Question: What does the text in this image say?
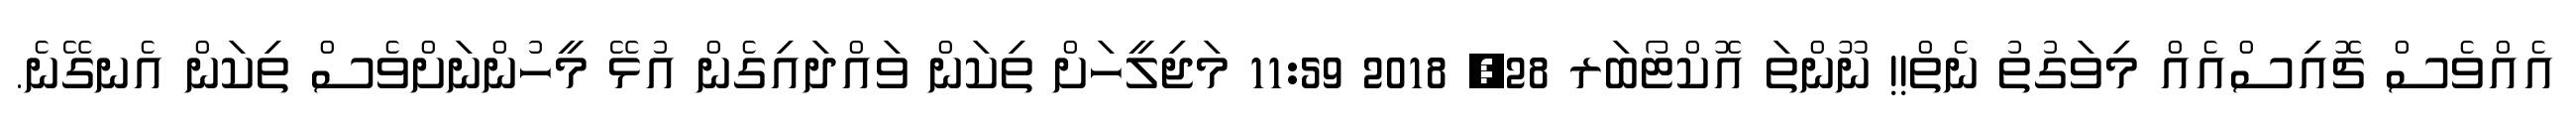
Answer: އެއްވެސް ޗޮއިސްއެއް މިވަގުތު ނެތް!! ނޫންތަ އޮކްޓޯބަރ 28, 2018 11:59 މަޖިލީހަށް ތިކަން ވައްދައިގެން އުޅޭ މީހުންނަށްވެސް ތިކަން އެނގޭނެ.